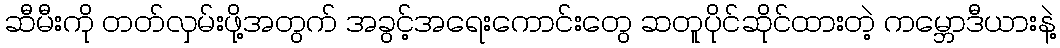
ဆီမီးကို တတ်လှမ်းဖို့အတွက် အခွင့်အရေးကောင်းတွေ ဆတူပိုင်ဆိုင်ထားတဲ့ ကမ္ဘောဒီယားနဲ့